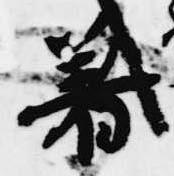
着